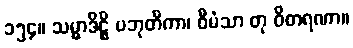
၁၅၄။ သမ္မာဒိဋ္ဌိ ပဘုတိကာ၊ ဝီမံသာ တု ဝိစာရဏာ။